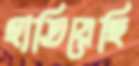
হাতিয়েছি